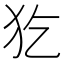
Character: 犵